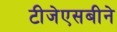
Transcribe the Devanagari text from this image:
टीजेएसबीने